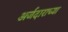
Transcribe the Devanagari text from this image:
अर्जदाराच्या